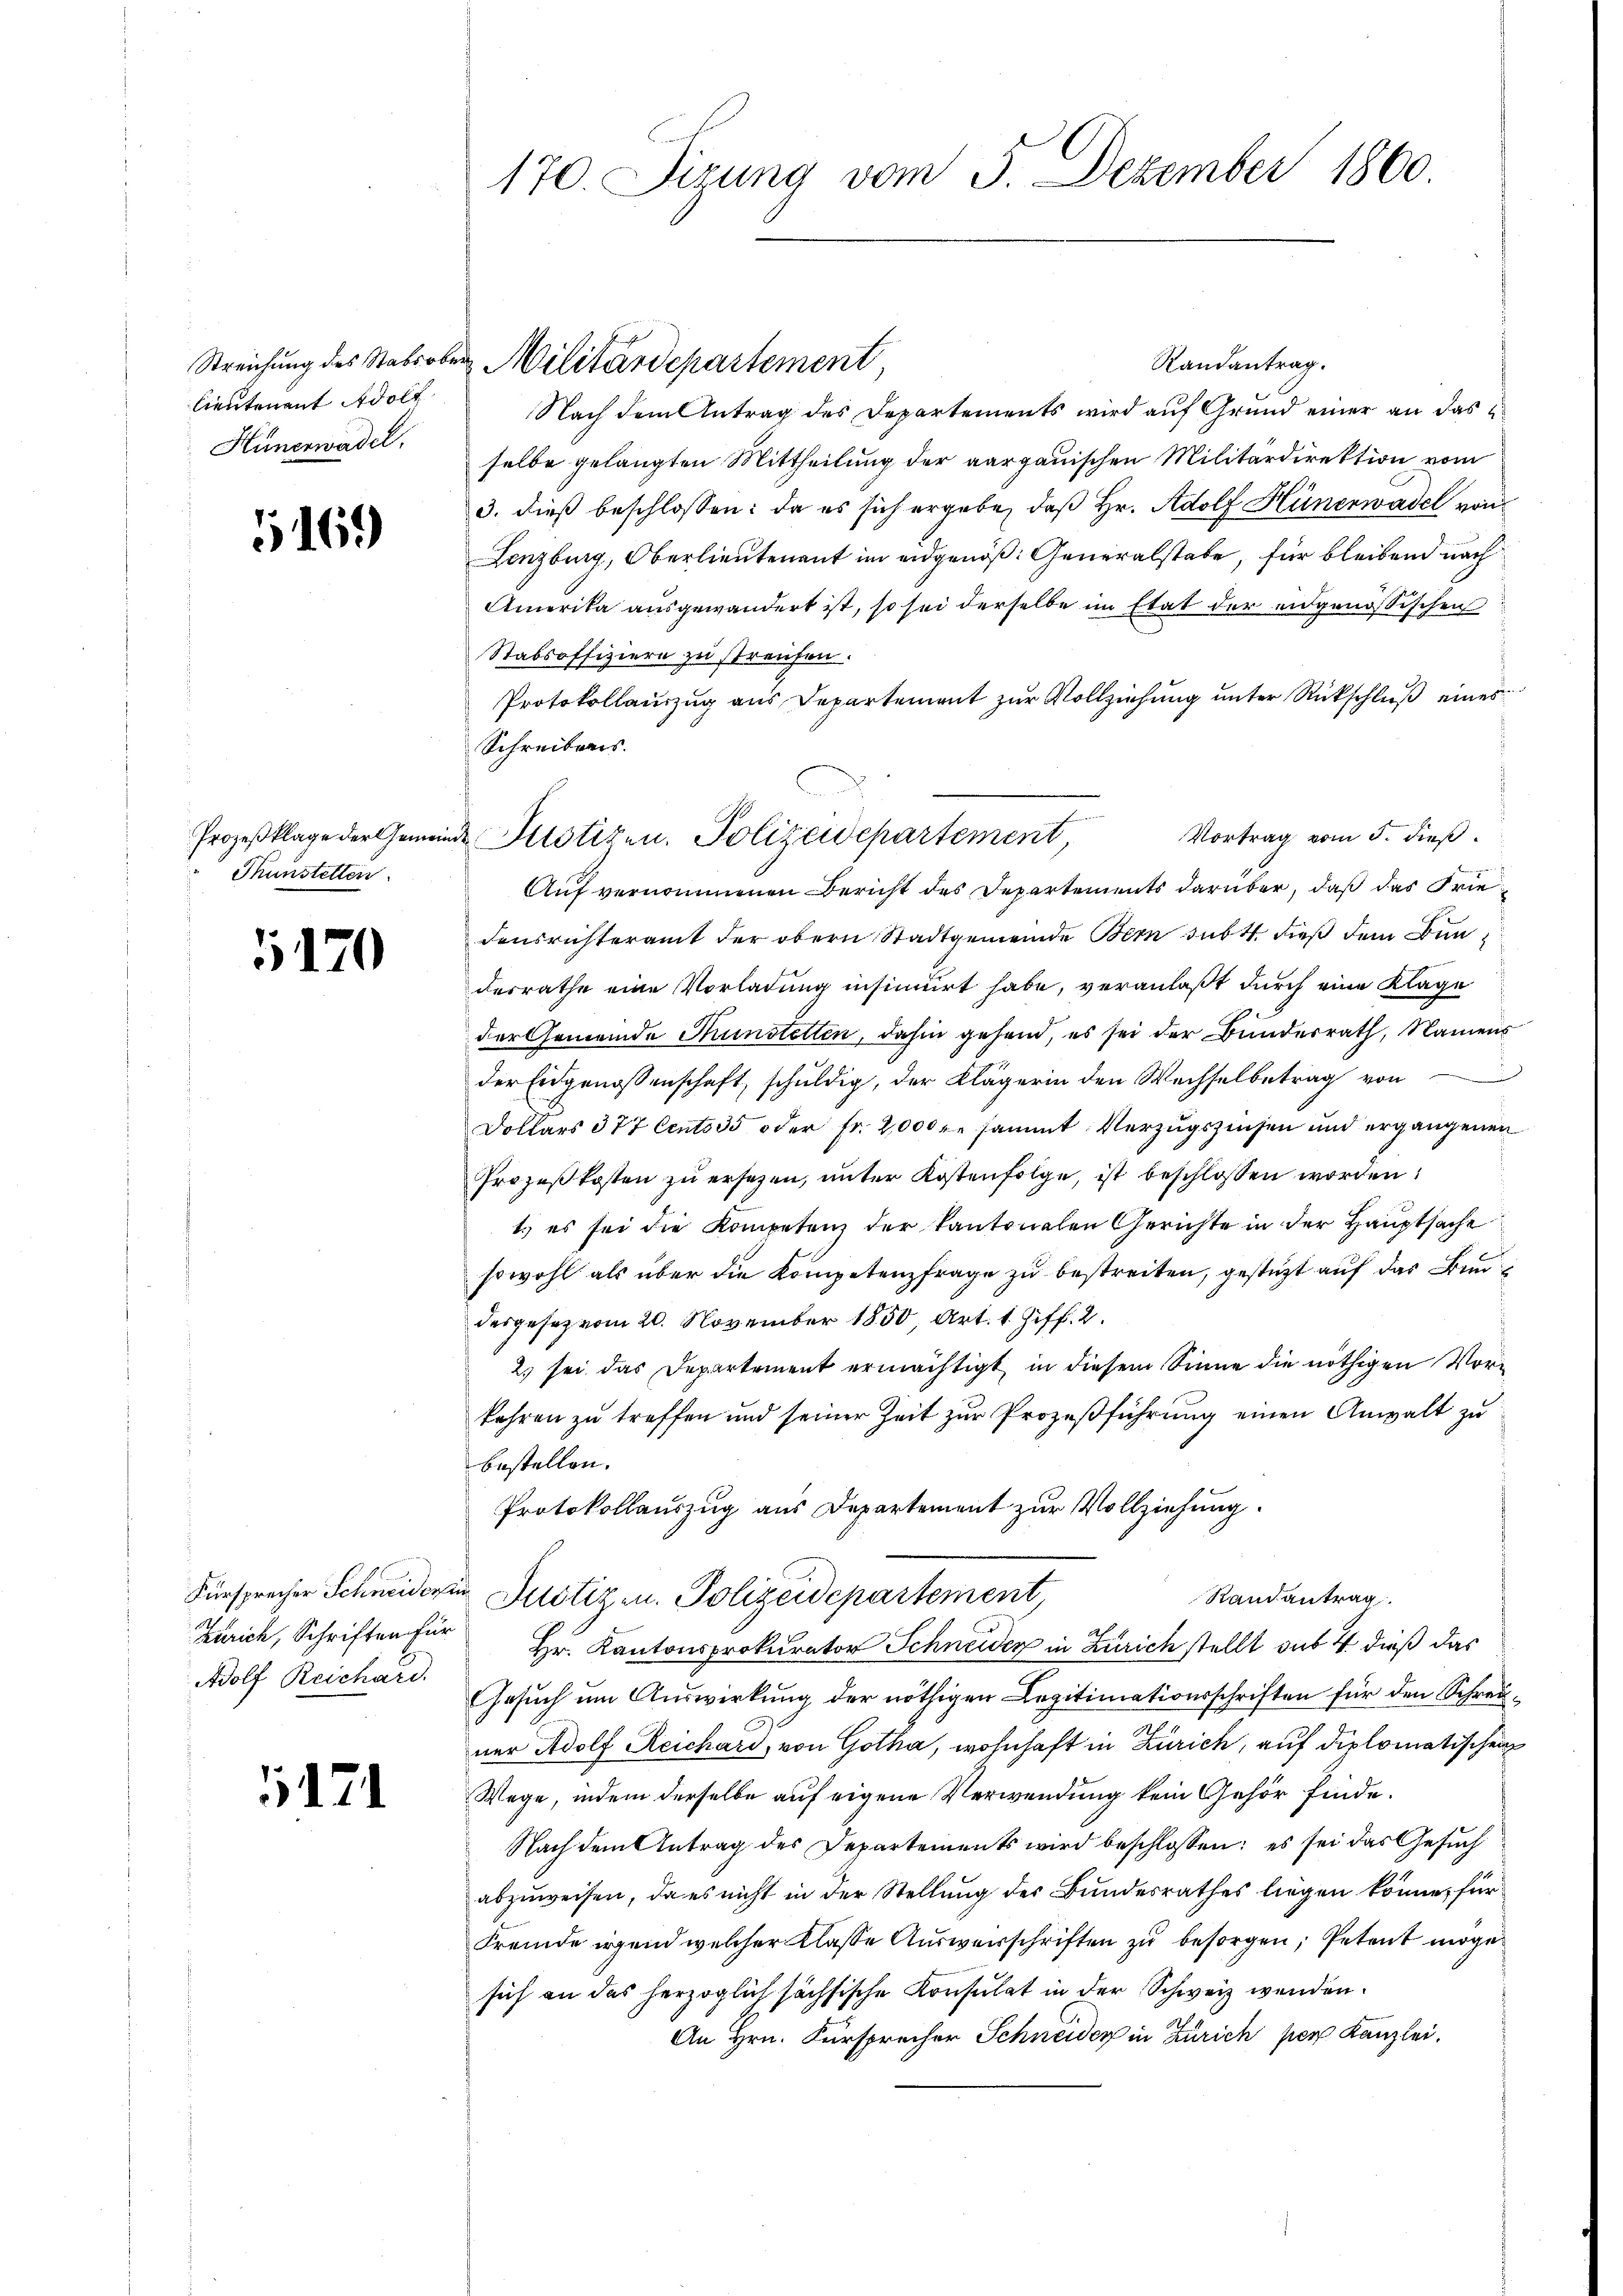
lieutenant Adolf
Hünerwadel,

169

Prozeßklage der Gemein¬
Thunstelten.

5170

Zürich, Schriften für
Adolf Reichard.

174

170. Sizung vom 3. Dezember 1860.

Randantrag.
Nach dem Antrag des Departements wird auf Grund einer an dasselbe gelangten Mittheilung der aargauischen Militärdirektion vom
3. dieß beschlossen: da es sich ergebe, daß Hr. Adolf Hünerwadel von
Lenzburg, Oberlieutenant im eidgenöß: Generalstabe, für bleibend nach
Amerika ausgewandert ist, so sei derselbe im Etat der eidgenössischen
Stabsoffiziere zu streichen.
Protokollauszug aus Departement zur Vollziehung unter Rückschluß eines
Schreibens.
Auf vernommenen Bericht des Departements darüber, daß das Friedensrichteramt der obern Stadtgemeinde Bern subt dieß dem Bundesrathe eine Vorladung insinuirt habe, veranlaßt durch eine Klage
der Gemeinde Thunstetten, dahin gehend, es sei der Bunderrath, Namen
der Eidgenossenschaft, schuldig, der Klägerin den Wechselbetrag von
Dollars 377 Cento 35 oder Fr. 2000 fl sammt Verzugszinsen und ergangenen
Prozeßkosten zu ersezen, unter Kostenfolge, ist beschlossen worden:
t.) es sei die Kompetenz der Kantonalen Gerichte in der Hauptsache
sowohl als über die Kompetenzfrage zu bestreiten, gestützt auf das Bundesgesez vom 20. November 1850 Art. 1 Ziff. 2.
2) sei das Departement ermächtigt in diesem Sinne die nöthigen Vorkehren zŭ treffen und seiner Zeit zŭr Prozeβführŭng einen Anwalt zŭ
bestellen.
Protokollauszug aus Departement zur Vollziehung.
Fürsprecher Schneider Justiz u. Polizeidepartement
Randantrag.
Hr. Kantonsprokurator Schneider in Zürich stellt sub 4 dieß das
Gesuch um Auswirkung der nöthigen Legitimationsschriften für den Schrener Adolf Reichari, von Gotha, wohnhaft in Zürich, auf diplomatischen
Wege, indem derselbe auf eigene Verwendung kein Gehör finde.
Nach dem Antrag des Departements wird beschlossen: es sei das Gesuch
abzuweisen, da es nicht in der Stellung des Bundesrathes liegen könne, für
Fremde irgend welcher Klasse Ausweisschriften zu besorgen, Petent möge
sich an das herzoglich sächsische Konsulat in der Schweiz wenden.
An Hrn. Fürsprecher Schneider in Zürich per Kanzlei.

Streichung des Stabsober Militärdepartement

id Justizen. Polizeidepartement, Vortrag vom 5. dieβ.